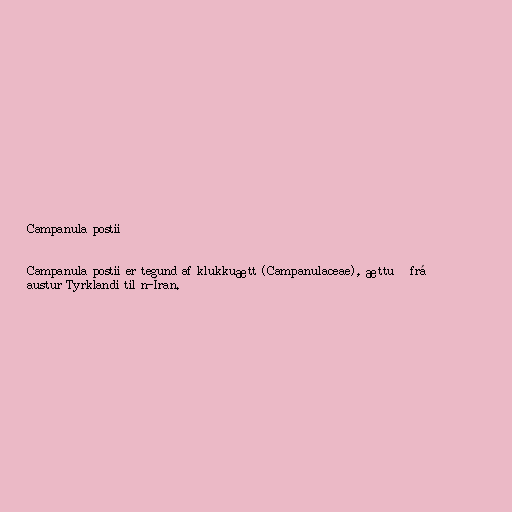
Campanula postii

Campanula postii er tegund af klukkuætt (Campanulaceae), ættuð frá
austur Tyrklandi til n-Íran.